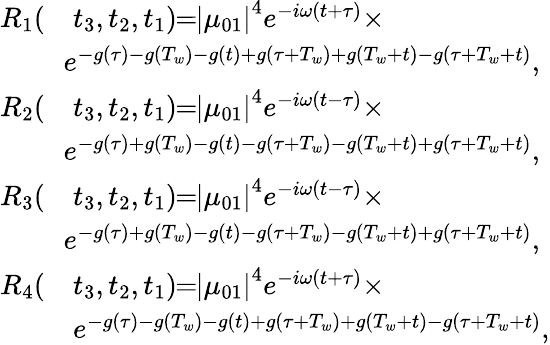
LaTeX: \begin{array}{rl}{R_{1}(}&{t_{3},t_{2},t_{1})\! \! =\! \! \left|\mu_{01}\right|^{4}e^{-i\omega(t+\tau)}\times}\\ {\! \! }&{\! \! e^{-g(\tau)-g(T_{w})-g(t)+g(\tau+T_{w})+g(T_{w}+t)-g(\tau+T_{w}+t)},}\\ {R_{2}(}&{t_{3},t_{2},t_{1})\! \! =\! \! \left|\mu_{01}\right|^{4}e^{-i\omega(t-\tau)}\times}\\ {\! \! }&{\! \! e^{-g(\tau)+g(T_{w})-g(t)-g(\tau+T_{w})-g(T_{w}+t)+g(\tau+T_{w}+t)},}\\ {R_{3}(}&{t_{3},t_{2},t_{1})\! \! =\! \! \left|\mu_{01}\right|^{4}e^{-i\omega(t-\tau)}\times}\\ {\! \! }&{\! \! e^{-g(\tau)+g(T_{w})-g(t)-g(\tau+T_{w})-g(T_{w}+t)+g(\tau+T_{w}+t)},}\\ {R_{4}(}&{t_{3},t_{2},t_{1})\! \! =\! \! \left|\mu_{01}\right|^{4}e^{-i\omega(t+\tau)}\times}\\ &{e^{-g(\tau)-g(T_{w})-g(t)+g(\tau+T_{w})+g(T_{w}+t)-g(\tau+T_{w}+t)},}\end{array}